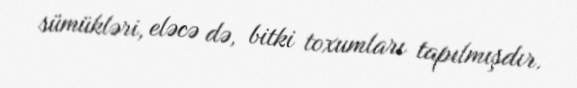
sümükləri, eləcə də, bitki toxumları tapılmışdır.